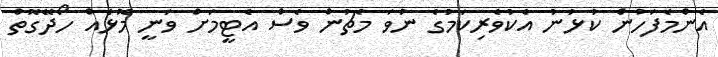
އެންމެފަހުން ކުޅުނު އެކުވެރިކަމުގެ ނުވަ މެޗުން ވެސް އެޓީމަށް ވަނީ މޮޅެއް ހޯދޭގޮތް